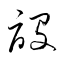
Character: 設